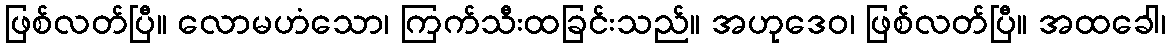
ဖြစ်လတ်ပြီ။ လောမဟံသော၊ ကြက်သီးထခြင်းသည်။ အဟုဒေဝ၊ ဖြစ်လတ်ပြီ။ အထခေါ၊